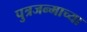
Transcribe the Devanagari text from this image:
पुत्रजन्माच्या